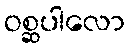
ဝစ္ဆပါလော